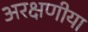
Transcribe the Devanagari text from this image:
अरक्षणीया